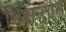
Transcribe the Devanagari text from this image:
निसन्तान